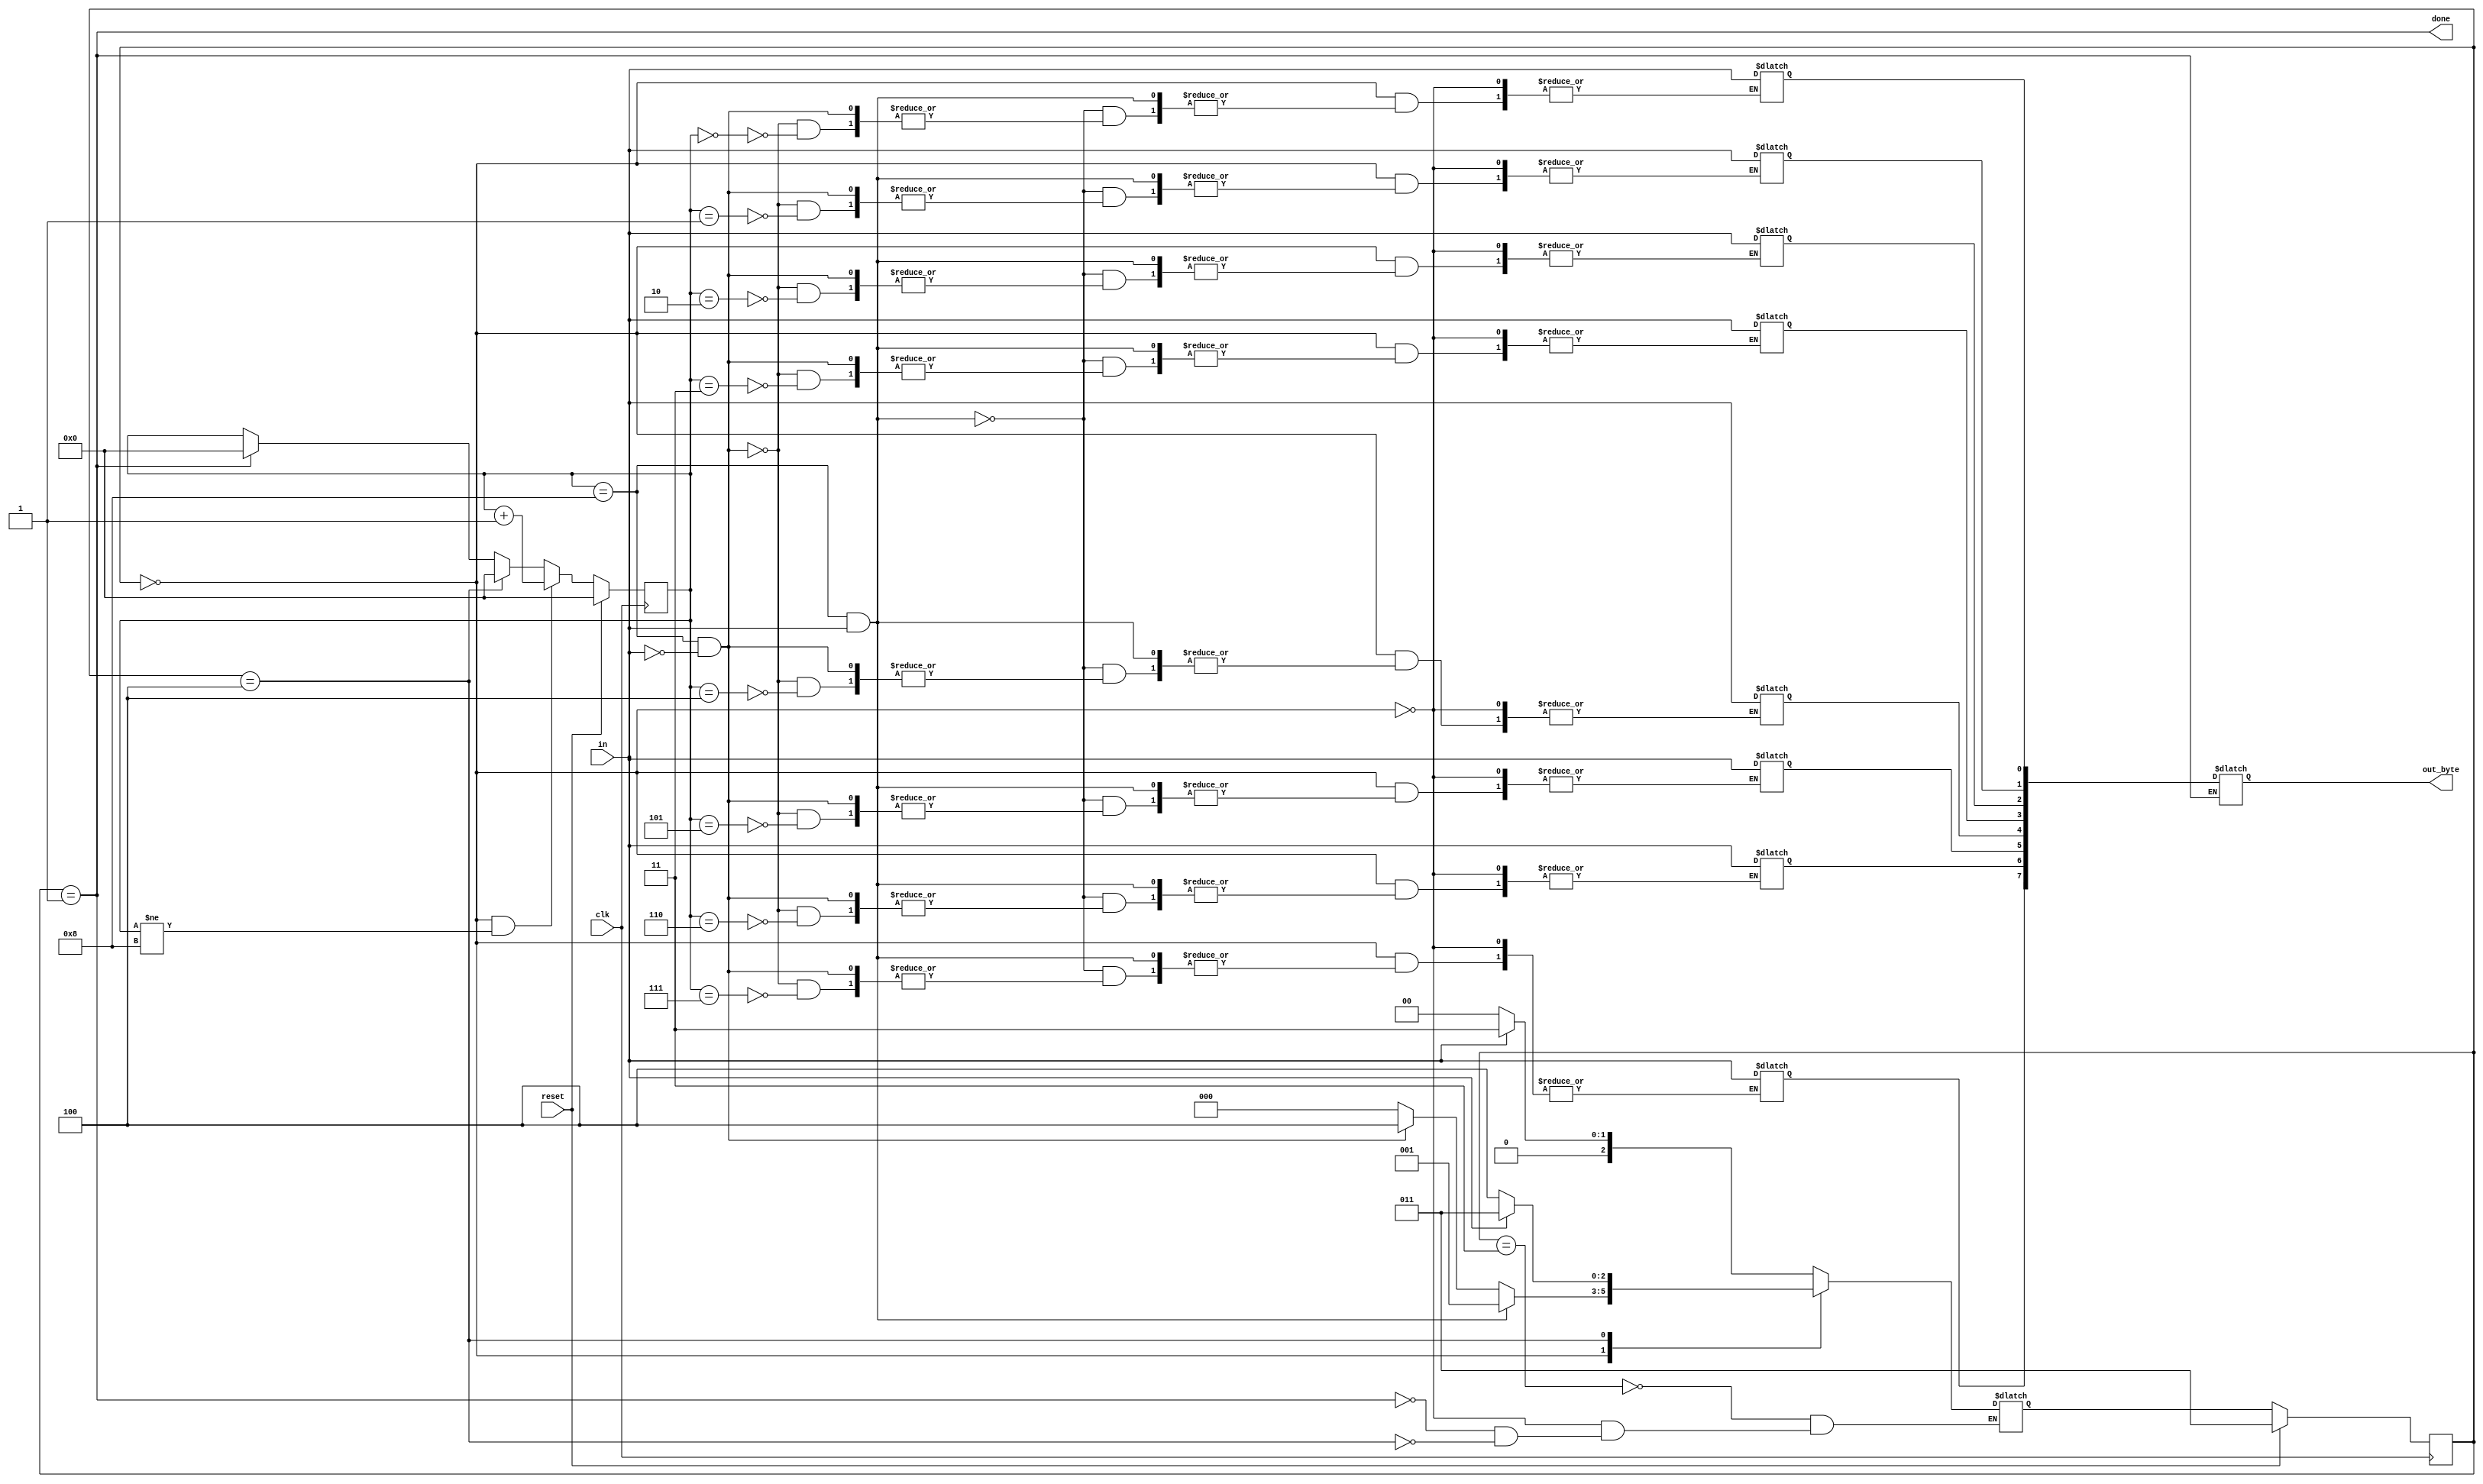
module top_module(
    input clk,
    input in,
    input reset,
    output [7:0] out_byte,
    output done
); 
    reg [3:0] num8;
    parameter RUNNING=0, DONE=1, IDLE=3, ERROR=4;
    reg [2:0] state, next_state;
    reg [7:0] data;

    always @(*) begin
        case (state)
            IDLE: next_state <= in ? IDLE : RUNNING;
            RUNNING: begin
                if((num8==8)&in) begin
                    next_state <= DONE;
                end else if((num8==8)&(~in)) begin
                    next_state <= ERROR;
                end else begin
                    next_state <= RUNNING;
                    data[num8] <= in;
                end
            end
            DONE: begin
                next_state <= in ? IDLE : RUNNING;
                out_byte <= data;
            end
            ERROR: next_state <= in ? IDLE : ERROR;
        endcase
    end

    always @(posedge clk) begin
        if(reset) begin
            state <= IDLE;
            num8 <= 0;
        end else begin
            if((state == RUNNING)&&(num8!=8)) begin
                num8 <= num8 + 1;
            end else if(state == ERROR) begin
                num8 <= 0;
            end else if(state == DONE) begin
                num8 <= 0;
            end
            state <= next_state;
        end
    end
    assign done = (state == DONE);

    
endmodule